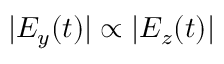
| E _ { y } ( t ) | \propto | E _ { z } ( t ) |